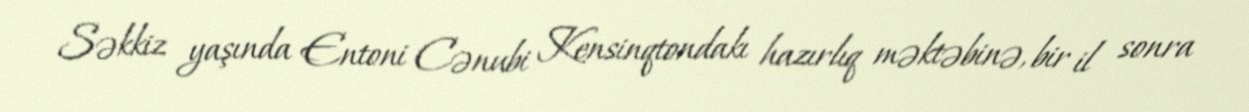
Səkkiz yaşında Entoni Cənubi Kensinqtondakı hazırlıq məktəbinə, bir il sonra